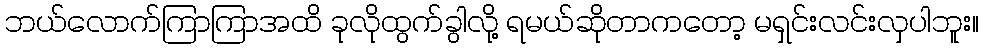
ဘယ်လောက်ကြာကြာအထိ ခုလိုထွက်ခွါလို့ ရမယ်ဆိုတာကတော့ မရှင်းလင်းလှပါဘူး။